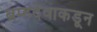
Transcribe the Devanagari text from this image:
ब्रम्हदेवाकडून